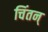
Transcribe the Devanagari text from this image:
चिंतन्